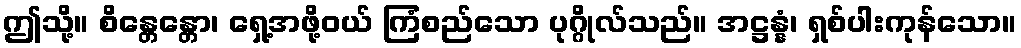
ဤသို့။ စိန္တေန္တော၊ ရှေ့အဖို့ဝယ် ကြံစည်သော ပုဂ္ဂိုလ်သည်။ အဋ္ဌန္နံ၊ ရှစ်ပါးကုန်သော။